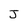
Character: J